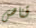
قناص